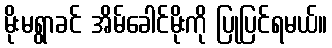
မိုးမရွာခင် အိမ်ခေါင်မိုးကို ပြုပြင်ရမယ်။